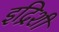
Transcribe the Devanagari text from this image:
इद्रिशी